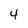
Character: 4